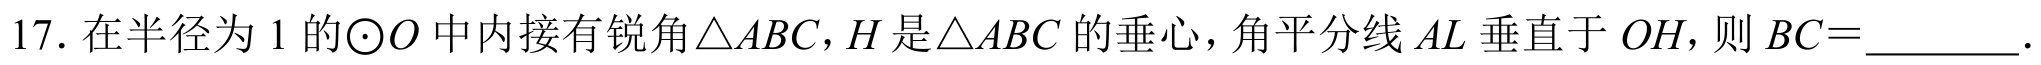
17. 在半径为 1 的$\odot O$中内接有锐角$\triangle ABC$，$H$是$\triangle ABC$的垂心，角平分线$AL$垂直于$OH$，则$BC =$________．